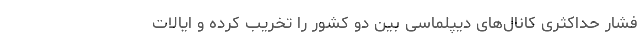
فشار حداکثری کانال‌های دیپلماسی بین دو کشور را تخریب کرده و ایالات